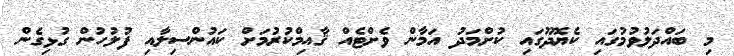
މި ބައްދަލުވުމުގައި ކެޔޮދޫގައި ކުށްމަދު އަމާން ވެށްޓެއް ޤާއިމްކުރުމަށް ކައުންސިލާއި ފުލުހުން ގުޅިގެން